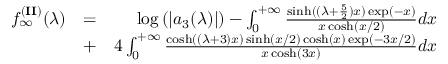
\begin{array} { r l r } { f _ { \infty } ^ { ( { \bf I I } ) } ( \lambda ) } & { = } & { \log \left( | a _ { 3 } ( \lambda ) | \right) - \int _ { 0 } ^ { + \infty } \frac { \sinh ( ( \lambda + \frac { 5 } { 2 } ) x ) \exp ( - x ) } { x \cosh ( x / 2 ) } d x } \\ & { + } & { 4 \int _ { 0 } ^ { + \infty } \frac { \cosh \left( ( \lambda + 3 ) x \right) \sinh ( x / 2 ) \cosh ( x ) \exp ( - 3 x / 2 ) } { x \cosh ( 3 x ) } d x } \end{array}